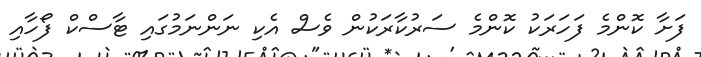
ފަށާ ކޮންމެ ފަހަރަކު ކޮންމެ ސަރުކާރަކުން ވެސް އެކި ނަންނަމުގައި ޓާސްކް ފޯހާއި